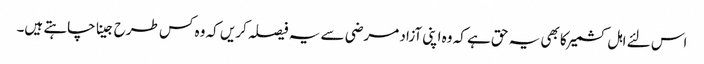
اس لئے اہل کشمیر کا بھی یہ حق ہے کہ وہ اپنی آزاد مرضی سے یہ فیصلہ کریں کہ وہ کس طرح جینا چاہتے ہیں۔